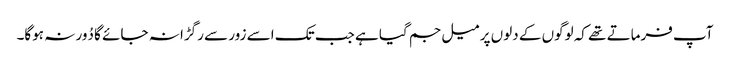
آپ فرماتے تھے کہ لوگوں کے دلوں پر میل جم گیا ہے جب تک اسے زور سے رگڑا نہ جائے گا دُور نہ ہوگا۔